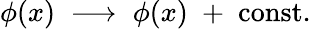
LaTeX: \phi(x)\; \longrightarrow\; \phi(x)\; +\; \mathrm{const}.